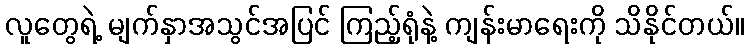
လူတွေရဲ့ မျက်နှာအသွင်အပြင် ကြည့်ရုံနဲ့ ကျန်းမာရေးကို သိနိုင်တယ်။